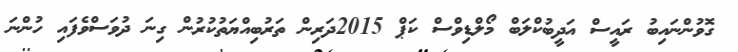
ގޮވުންނައިބު ރައީސް އަދީބުކްލަބް މޯލްޑިވްސް ކަޕް 2015ދަރިން ތަރުބިއްޔަތުކުރުން ގިނަ ދުވަސްވެފައި ހުންނަ